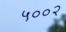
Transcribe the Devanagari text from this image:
५००२